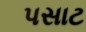
પસાટ